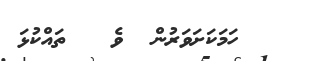
ހަމަކަށަވަރުން  ވެ   ތައްކުޅަ